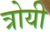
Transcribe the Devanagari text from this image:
त्रोयी